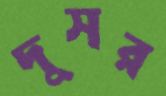
দুসর